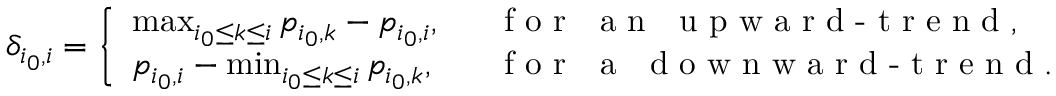
\delta _ { i _ { 0 } , i } = \left\{ \begin{array} { l l } { \operatorname* { m a x } _ { i _ { 0 } \leq k \leq i } p _ { i _ { 0 } , k } - p _ { i _ { 0 } , i } , } & { \mathrm { \textrm { ~ f o r ~ a n ~ u p w a r d - t r e n d } } , } \\ { p _ { i _ { 0 } , i } - \operatorname* { m i n } _ { i _ { 0 } \leq k \leq i } p _ { i _ { 0 } , k } , } & { \mathrm { \textrm { ~ f o r ~ a ~ d o w n w a r d - t r e n d } . } } \end{array} \right.